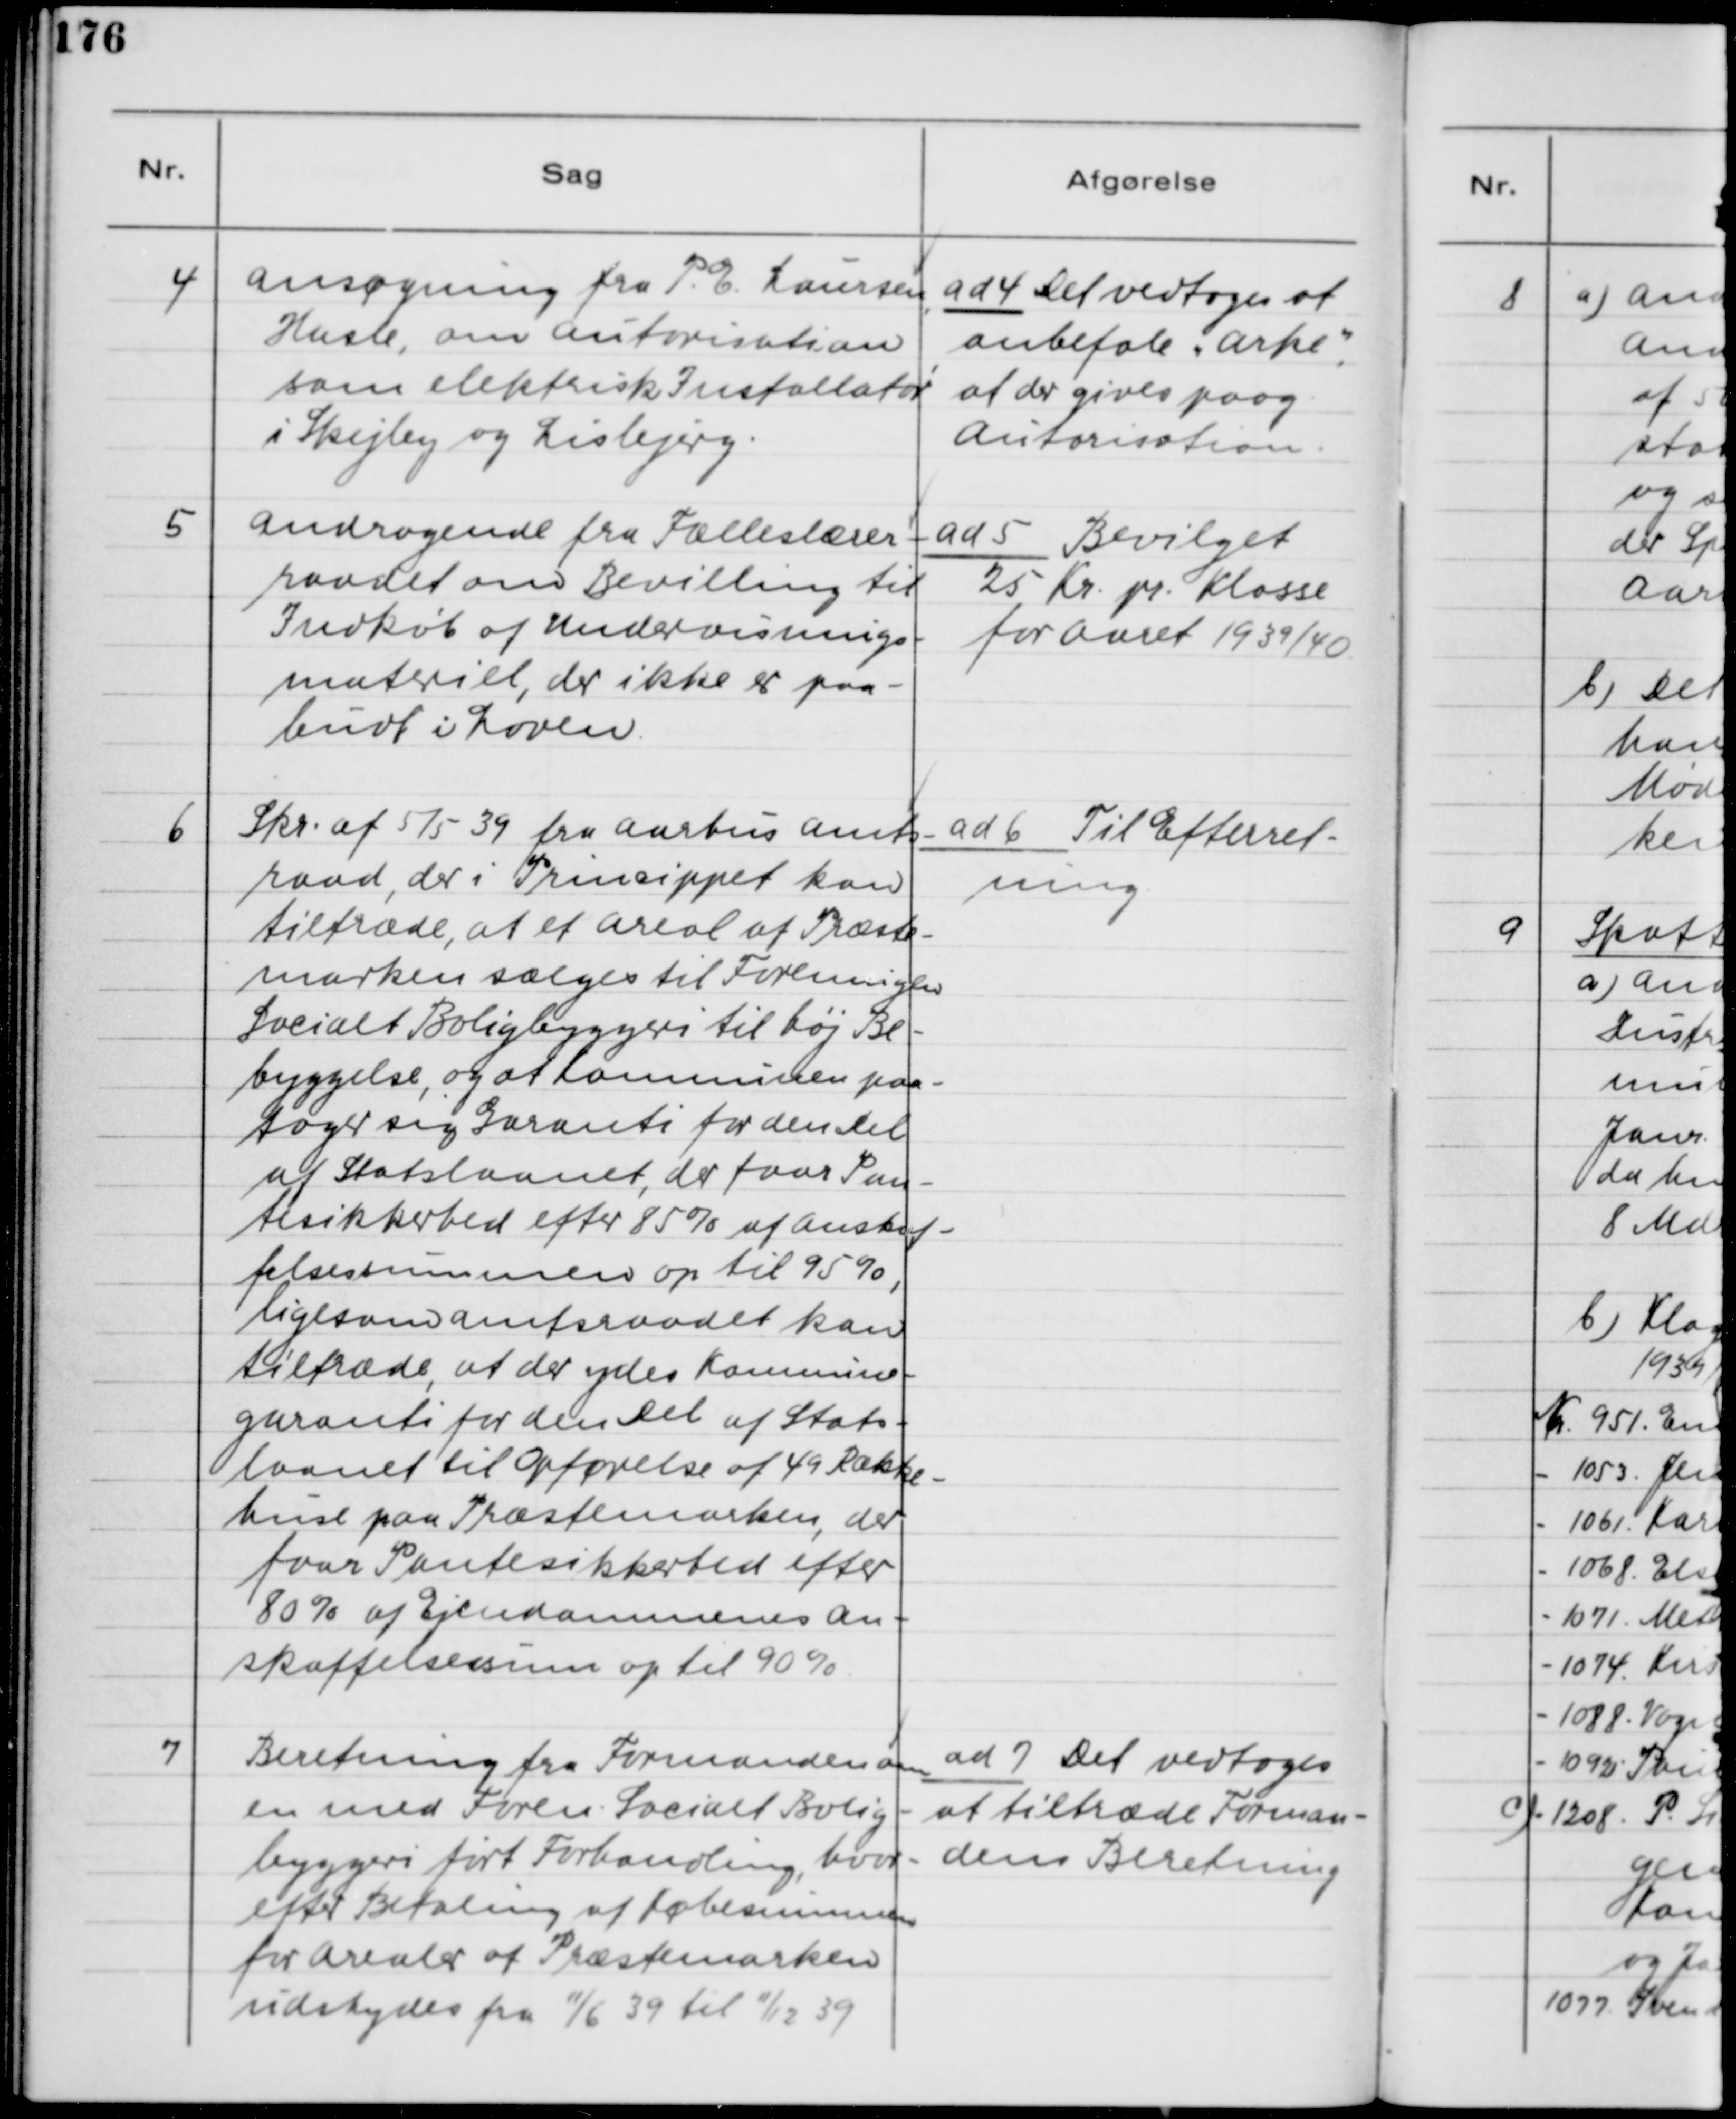
Transskription:
4
Ansøgning fra P. E. Laursen,
Hasle, om Autorisation
som elektrisk Installatør
i Skejby og Lisbjerg.

ad 14. Det vedtoges at
anbefale "Arke",
at der gives paag.
Autorisation.

5
Andragende fra Fælleslærer-
raadet om Bevilling til
Indkøb af Undervisnings-
materiel, der ikke er paa-
budt i Loven.

ad 5. Bevilget
25 Kr. pr. Klasse
for Aaret 1939/40

6
Skr. af 5/5 39 fra Aarhus Amts-
raad, der i Princippet kan
tiltræde, at et Areal af Præste-
marken sælges til Foreningen
Socialt Boligbyggeri til høj Be-
byggelse, og at Kommunen paa-
tager sig Garanti for den Del
af Statslaanet, der faar Pan-
tesikkerhed efter 85% af Anskaf-
felsessummen op til 95%,
ligesom Amtsraadet kan
tiltræde, at der ydes Kommune-
garanti for den Del af Stats-
laanet til Opførelse af 49 Række-
huse paa Præstemarken, der
faar Pantesikkerhed efter
80% af Ejendommens An-
skaffelsessum på til 90%.

ad 6. Til Efterret-
ning

7
Beretning fra Formanden om
en med Foren. Socialt Bolig-
byggeri ført Forhandling, hvor-
efter Betaling af Købesummen
for Arealer af Præstemarken
udskydes fra 11/6 39 til 11/12 39

ad 7. Det vedtoges
at tiltræde Forman-
dens Beretning